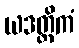
ယဒတ္ထိကံ